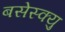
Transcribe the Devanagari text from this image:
बसेस्क्यु